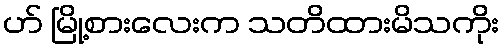
ဟ် မြို့စားလေးက သတိထားမိသကိုး